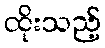
ထိုးသည့်